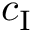
c _ { \mathrm { I } }